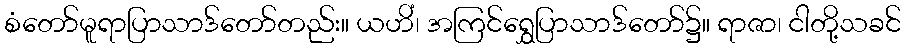
စံတော်မူရာပြာသာဒ်တော်တည်း။ ယဟိံ၊ အကြင်ရွှေပြာသာဒ်တော်၌။ ရာဇာ၊ ငါတို့သခင်